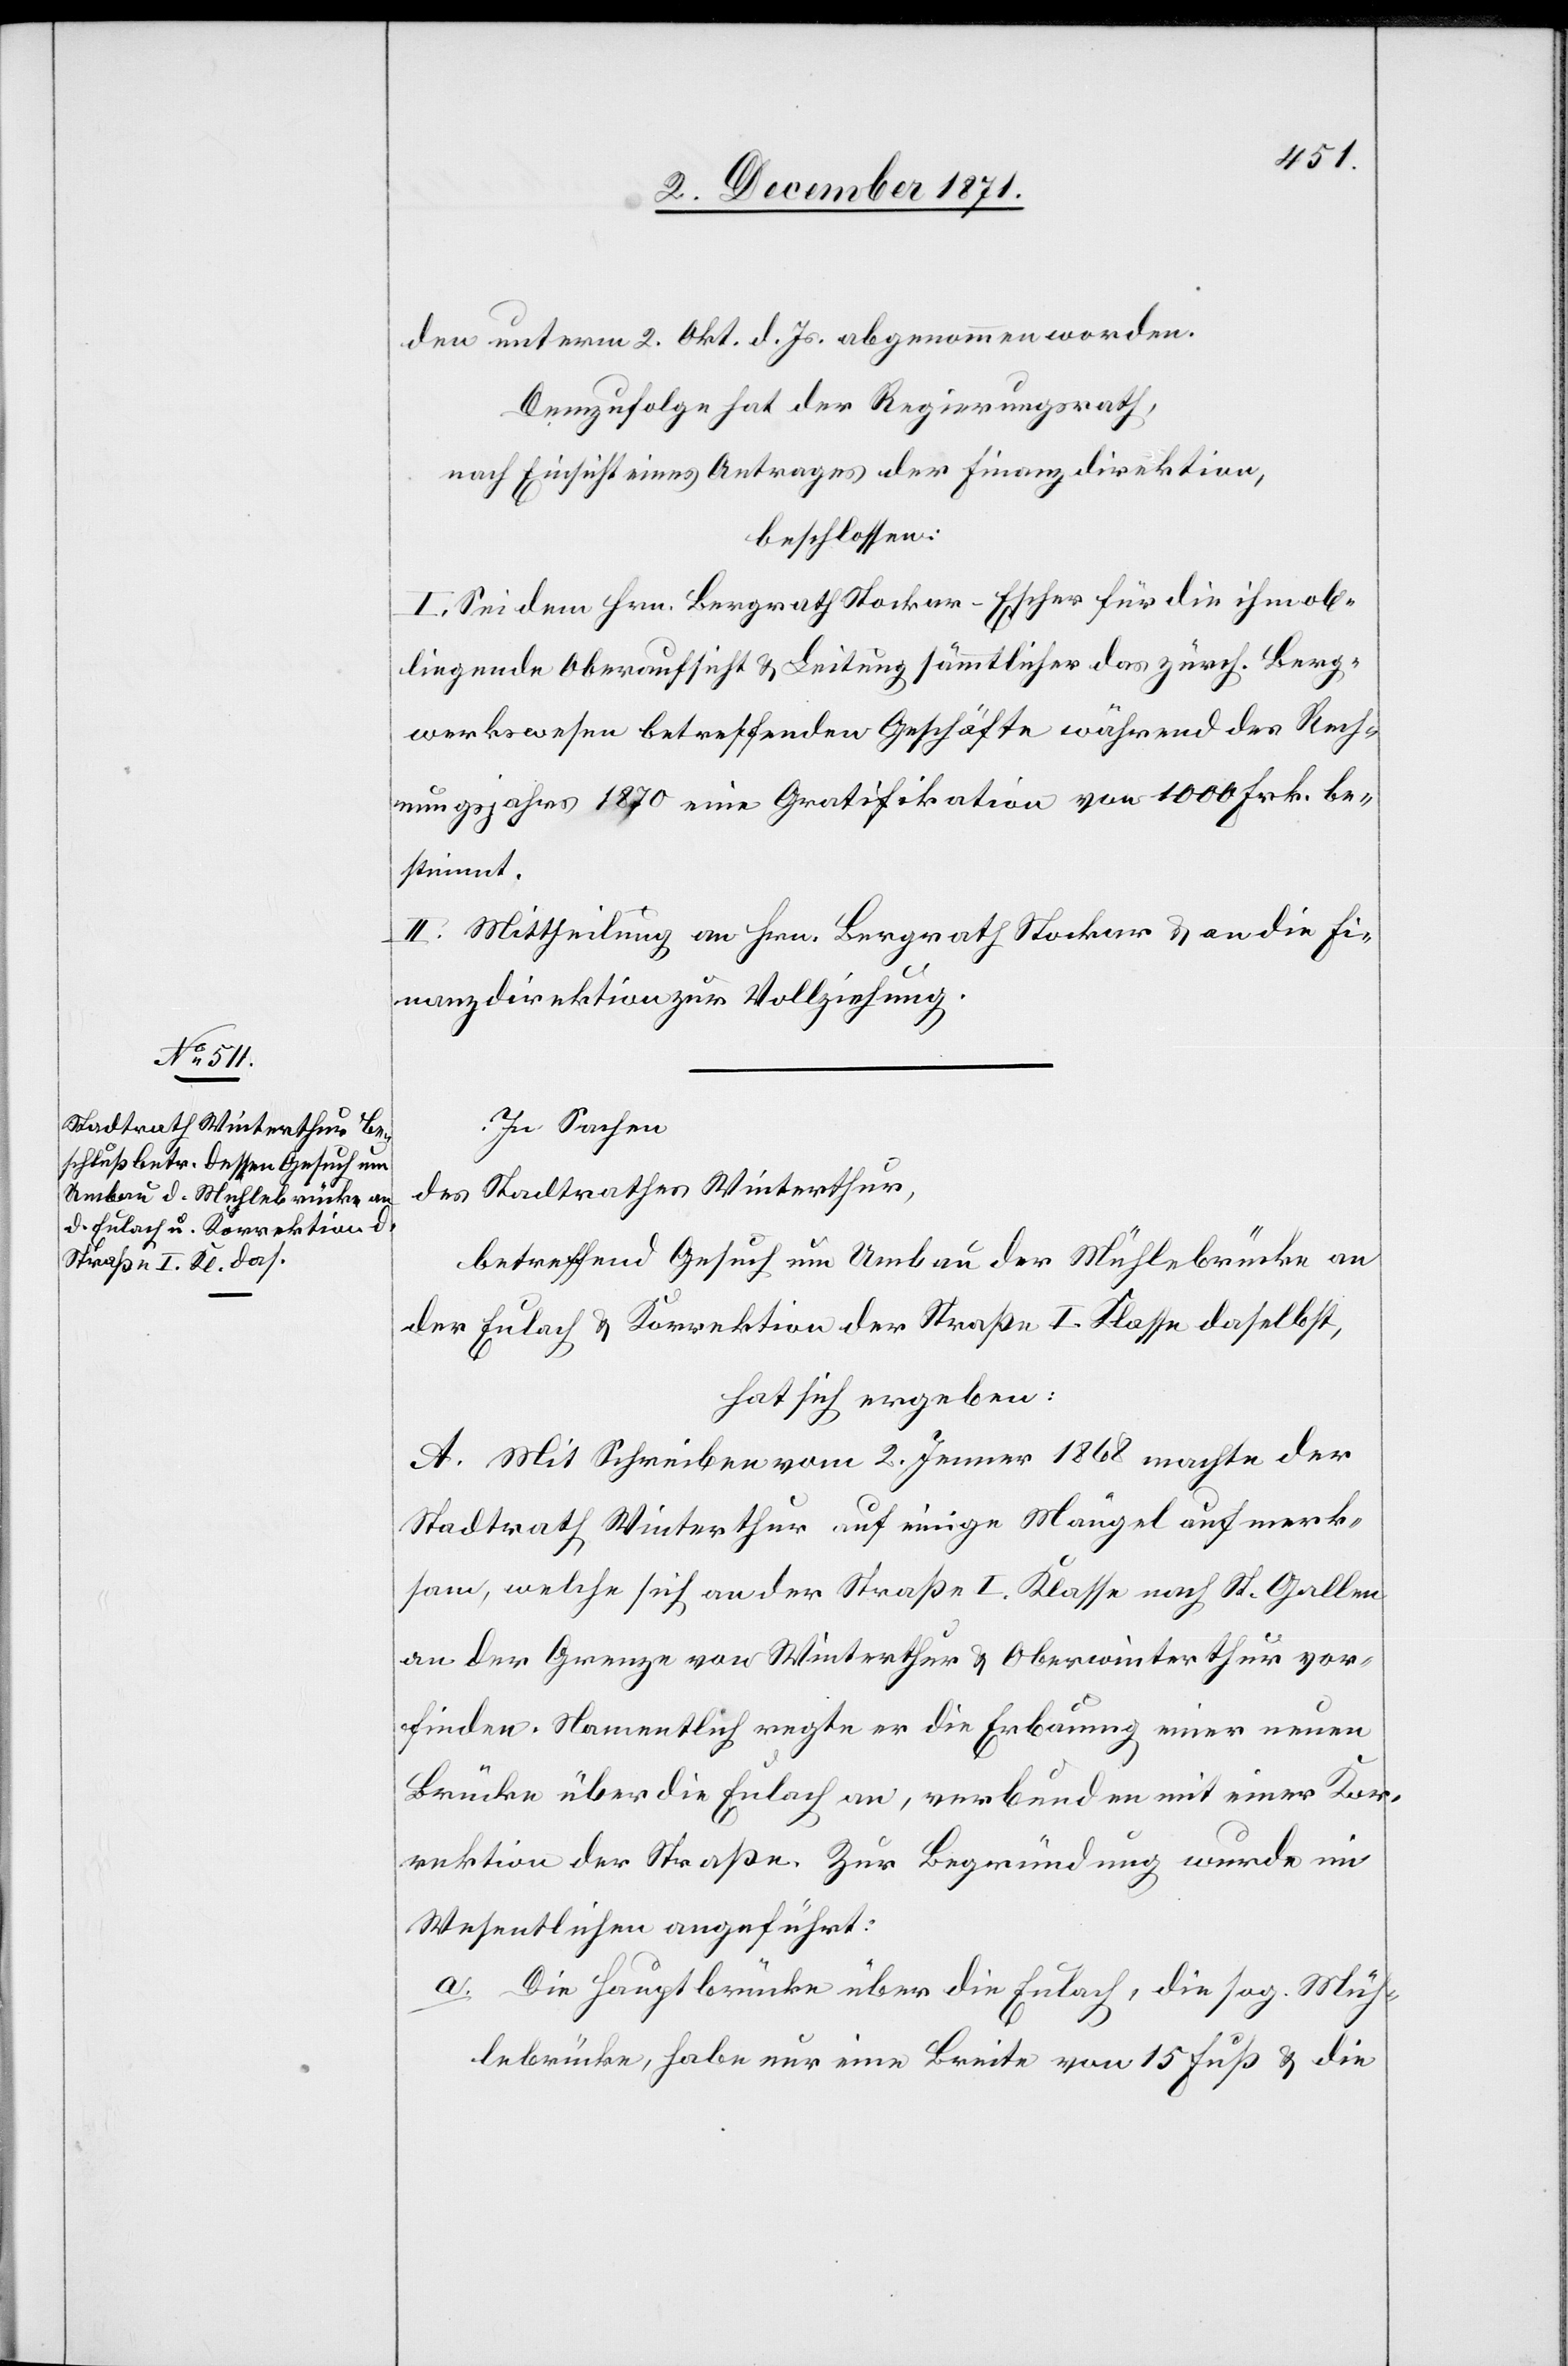
den unterm 2. Okt. d. Js. abgenommen worden.
Demzufolge hat der Regierungsrath,
nach Einsicht eines Antrages der Finanzdirektion,
beschlossen:
I. Sei dem Hrn. Bergrath Stockar-Escher für die ihm ob¬
liegende Oberaufsicht & Leitung sämmtlicher das zürch. Berg¬
werkwesen betreffenden Geschäfte während des Rech¬
nungsjahrs 1870 eine Gratifikation von 1000 Frk. be¬
stimmt.
II. Mittheilung an Hrn. Bergrath Stockar-Escher & an die Fi¬
nanzdirektion zur Vollziehung.
In Sachen
des Stadtrathes Winterthur,
betreffend Gesuch um Umbau der Mühlebrücke an
der Eulach & Korrektion der Straße I. Klasse daselbst,
hat sich ergeben:
A. Mit Schreiben vom 2. Jenner 1868 machte der
Stadtrath Winterthur auf einige Mängel aufmerk¬
sam, welche sich an der Straße I. Klasse nach St. Gallen
an der Grenze von Winterthur & Oberwinterthur vor¬
finden. Namentlich regte er die Erbauung einer neuen
Brücke über die Eulach an, verbunden mit einer Kor¬
rektion der Straße. Zur Begründung wurde im
Wesentlichen angeführt:
a. Die Hauptbrücke über die Eulach, die sog. Müh¬
lebrücke, habe nur eine Breite von 15 Fuß & die